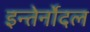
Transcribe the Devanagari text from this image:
इन्तेर्नोदल